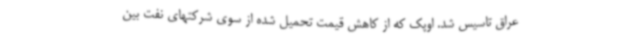
عراق تاسیس شد. اوپک که از کاهش قیمت تحمیل شده از سوی شرکتهای نفت بین